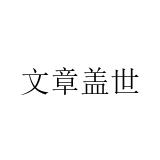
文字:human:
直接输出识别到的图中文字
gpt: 文章盖世